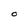
Character: O